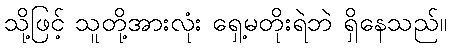
သို့ဖြင့် သူတို့အားလုံး ရှေ့မတိုးရဲဘဲ ရှိနေသည်။